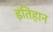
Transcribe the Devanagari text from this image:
इंतिहान